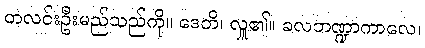
တလင်းဦးမည်သည်ကို။ ဒေတိ၊ လှူ၏။ ခလဘဏ္ဍာကာလေ၊